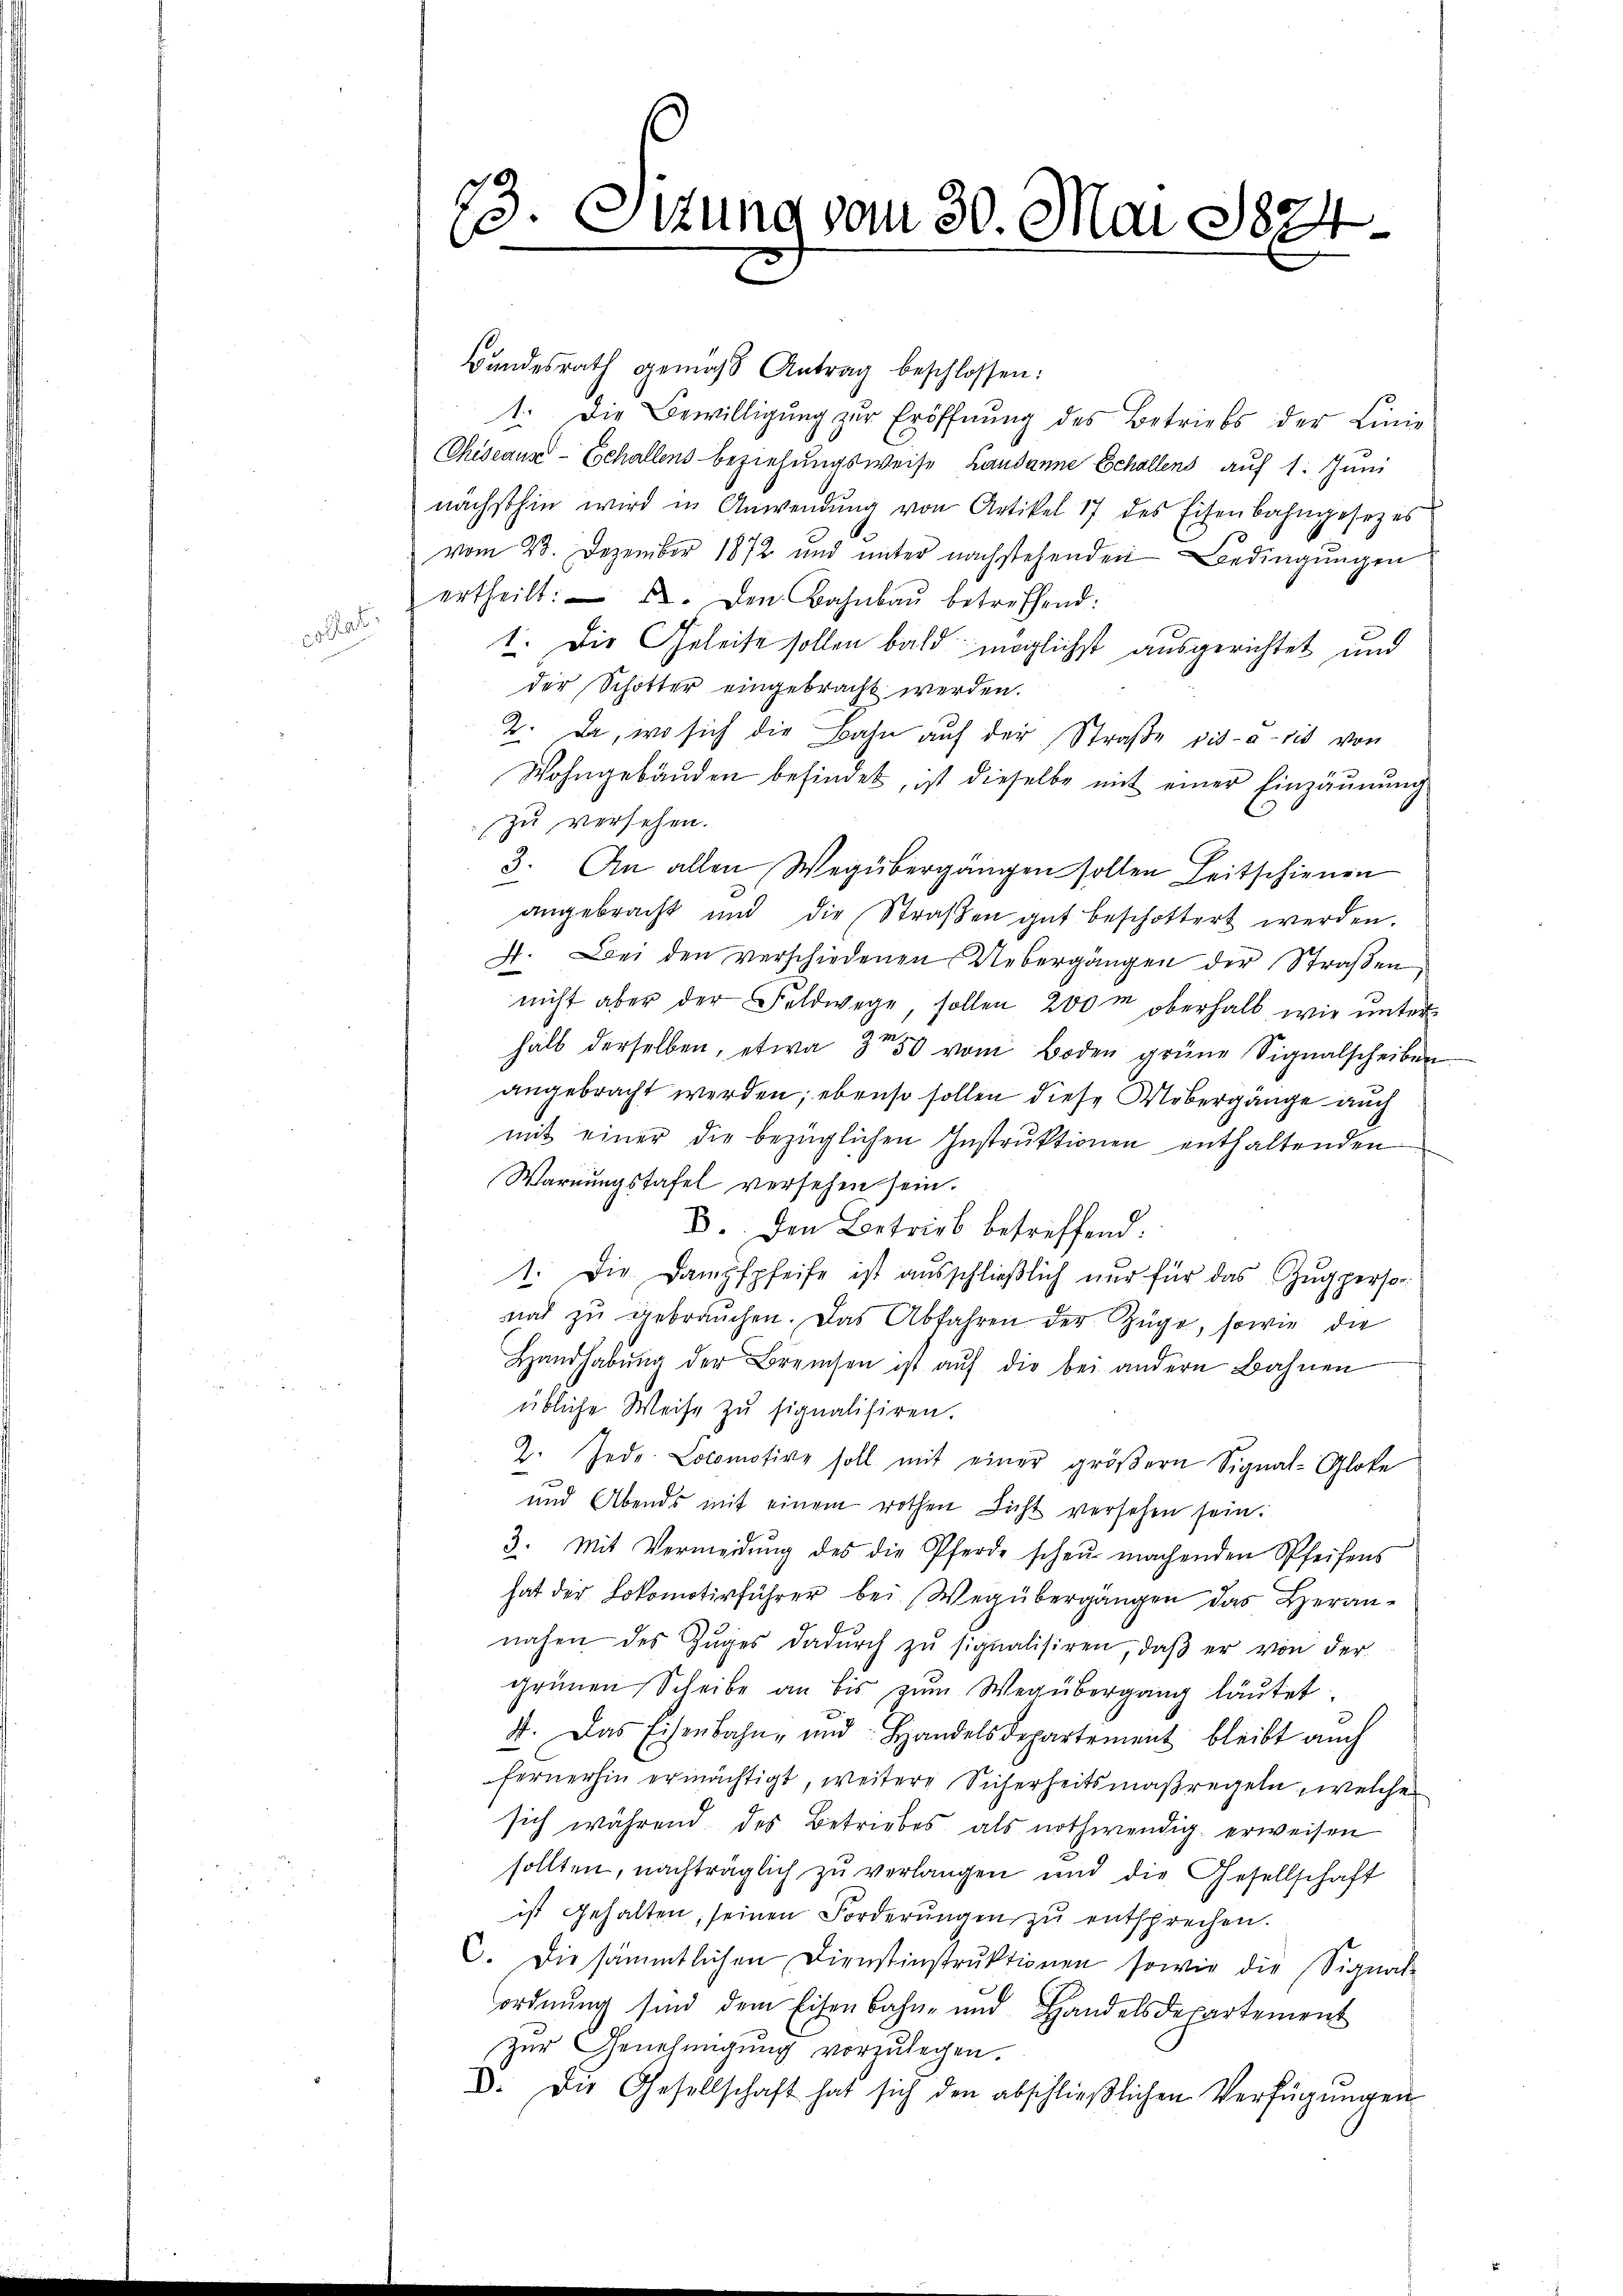
a

23. Ottung vom 30. Mai 1874.

Bŭndesrath gemäss Antrag beschlossen:
1. Die Bewilligung zur Eröffnung des Betriebs der Linie
CCheseaus-Echallens beziehungsweise Landanne Echallens auf 1. Juni
nächsthin wird in Anwendŭng von Artikel 17 des Eisenbahngesetzes
vom 23. Dezember 1872 und unter nachstehenden Bedingungen
ertheilt: 2. Den Bahnbaŭ betreffend:
1. Die Geleite sollen bald möglichst ausgerichtet und
der Schotter eingebracht werden.
2. Da, wo sich die Bahn aŭf der Straβe vis-à-vis von
Wohngebäuden befindet, ist dieselbe mit einer Einzäunung
zu versehen.
3. An allen Wegübergängen sollen Leitschienen
angebracht und die Straβen gut beschöttert werden.
4. Bei den verschiedenen Uebergängen der Straßen
nicht aber der Feldwege, sollen 200m oberhalb wie unter-
halb derselben, etwa 3 50 vom Boden grüne Signalscheiben
angebracht werden; ebenso sollen diese Uebergänge auch
mit einer die bezüglichen Instrŭktionen enthaltenden
Warnungstafel versehen sein.
B. Den Betrieb betreffend.
1. Die Dampfpfeife ist ausschlieβlich nur für das Zŭg persor
nat zŭ gebraŭchen. Das Abfahren der Züge, sowie die
Handhabŭng der Breisen ist aŭf die bei andern Bahnen
übliche Weise zŭ signalisiren.
2. Jede Lokomotive soll mit einer größern Signat-Gloke
und Abends mit einem rothen Licht versehen sein.
3. Mit Vermeidŭng des die Pferde schen machenden Pfeifens
hat der Lokomotivführer bei Wegübergängen das Heran-
nahen des Zŭges dadŭrch zŭ signalisiren, daβ er von der
grünen Scheibe an bis zŭm Wegübergang läutet.
4. Das Eisenbahn- und Handelsdepartement bleibt auch
fernerhin ermächtigt, weitere Sicherheitsmaßregeln, welches
sich während des Betriebes als nothwendig erweisen
sollten, nachträglich zu verlangen und die Gesellschaft
ist gehalten, seinen Forderŭngen zŭ entsprechen.
6. Die sämmtlichen Dienstinstruktionen sowie die Signat-
ordnung sind dem Eisenbahne und Handelsdepartement
Zur Genehmigung vorzulegen.
D. Die Gesellschaft hat sich den abschlieβlichen Verfügŭngen